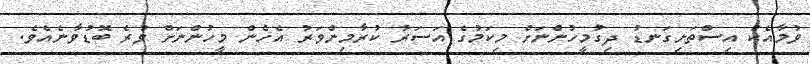
ވުމާއެކު އިސްތަށިގަނޑު ދިގުމީހުންނަށް މިކަމުގެ އަސަރު ކުރާމިންވަރު އެހެން މީހުންނަށް ވުރެ ބޮޑުވާނެއެވެ.